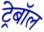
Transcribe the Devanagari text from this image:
ट्रेबॉल